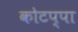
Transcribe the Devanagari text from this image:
कोटप्‍पा